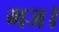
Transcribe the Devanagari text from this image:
गज।